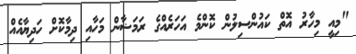
"މިއީ މިހާރު އޮތް ކައުންސިލުން ކޮންމެ އަހަރެއްގެ ރަމަޟާން މަހާއި ދިމާކޮށް ހަދިޔާއެއް